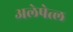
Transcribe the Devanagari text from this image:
अलेपेत्ल